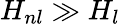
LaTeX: H_{nl}\gg H_{l}